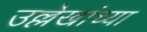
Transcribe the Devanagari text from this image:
उल्लेखांच्या